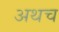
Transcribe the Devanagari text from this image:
अथच